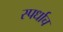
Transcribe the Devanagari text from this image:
स्पर्धाच